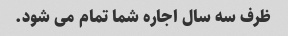
ظرف سه سال اجاره شما تمام می شود.